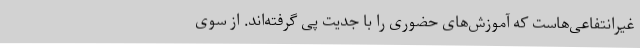
غیرانتفاعی‌هاست که آموزش‌های حضوری را با جدیت پی گرفته‌اند. از سوی